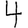
Digit: 4